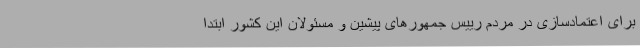
برای اعتمادسازی در مردم رییس جمهورهای پیشین و مسئولان این کشور ابتدا